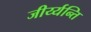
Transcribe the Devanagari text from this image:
जीर्य्यन्ति